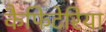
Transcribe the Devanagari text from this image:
कैफिटेरिया